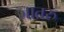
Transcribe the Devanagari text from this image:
जातरु